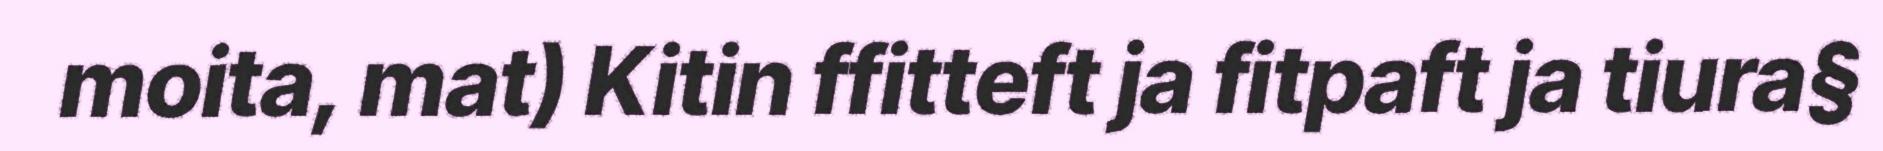
moita, mat) Kitin ffitteft ja fitpaft ja tiura§